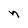
Character: n